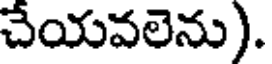
చేయవలెను).